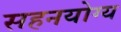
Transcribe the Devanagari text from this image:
सहनयोग्य